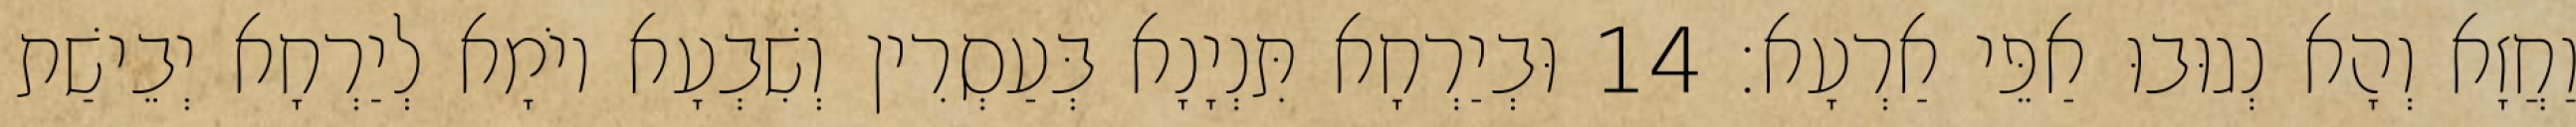
וַחֲזָא וְהָא נְגוּבוּ אַפֵּי אַרְעָא׃ 14 וּבְיַרְחָא תִּנְיָנָא בְּעַסְרִין וְשִׁבְעָא יוֹמָא לְיַרְחָא יְבֵישַׁת